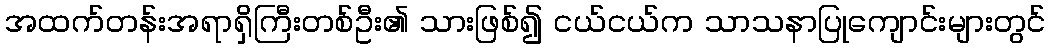
အထက်တန်းအရာရှိကြီးတစ်ဦး၏ သားဖြစ်၍ ငယ်ငယ်က သာသနာပြုကျောင်းများတွင်